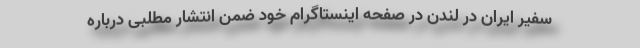
سفیر ایران در لندن در صفحه اینستاگرام خود ضمن انتشار مطلبی درباره